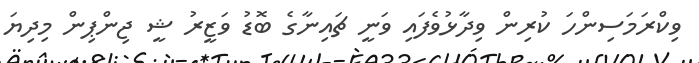
ވިކްރަމަސިންހަ ކުރިން ވިދާޅުވެފައި ވަނީ ޗައިނާގެ ބޮޑު ވަޒީރު ޝީ ޖިންޕިން މިދިޔަ